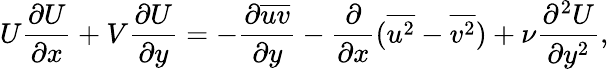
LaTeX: U\frac{\partial U}{\partial x}+V\frac{\partial U}{\partial y}=-\frac{\partial{\overline{{uv}}}}{\partial{y}}-\frac{\partial}{\partial x}(\overline{{u^{2}}}-\overline{{v^{2}}})+\nu\frac{\partial^{2}U}{\partial y^{2}},